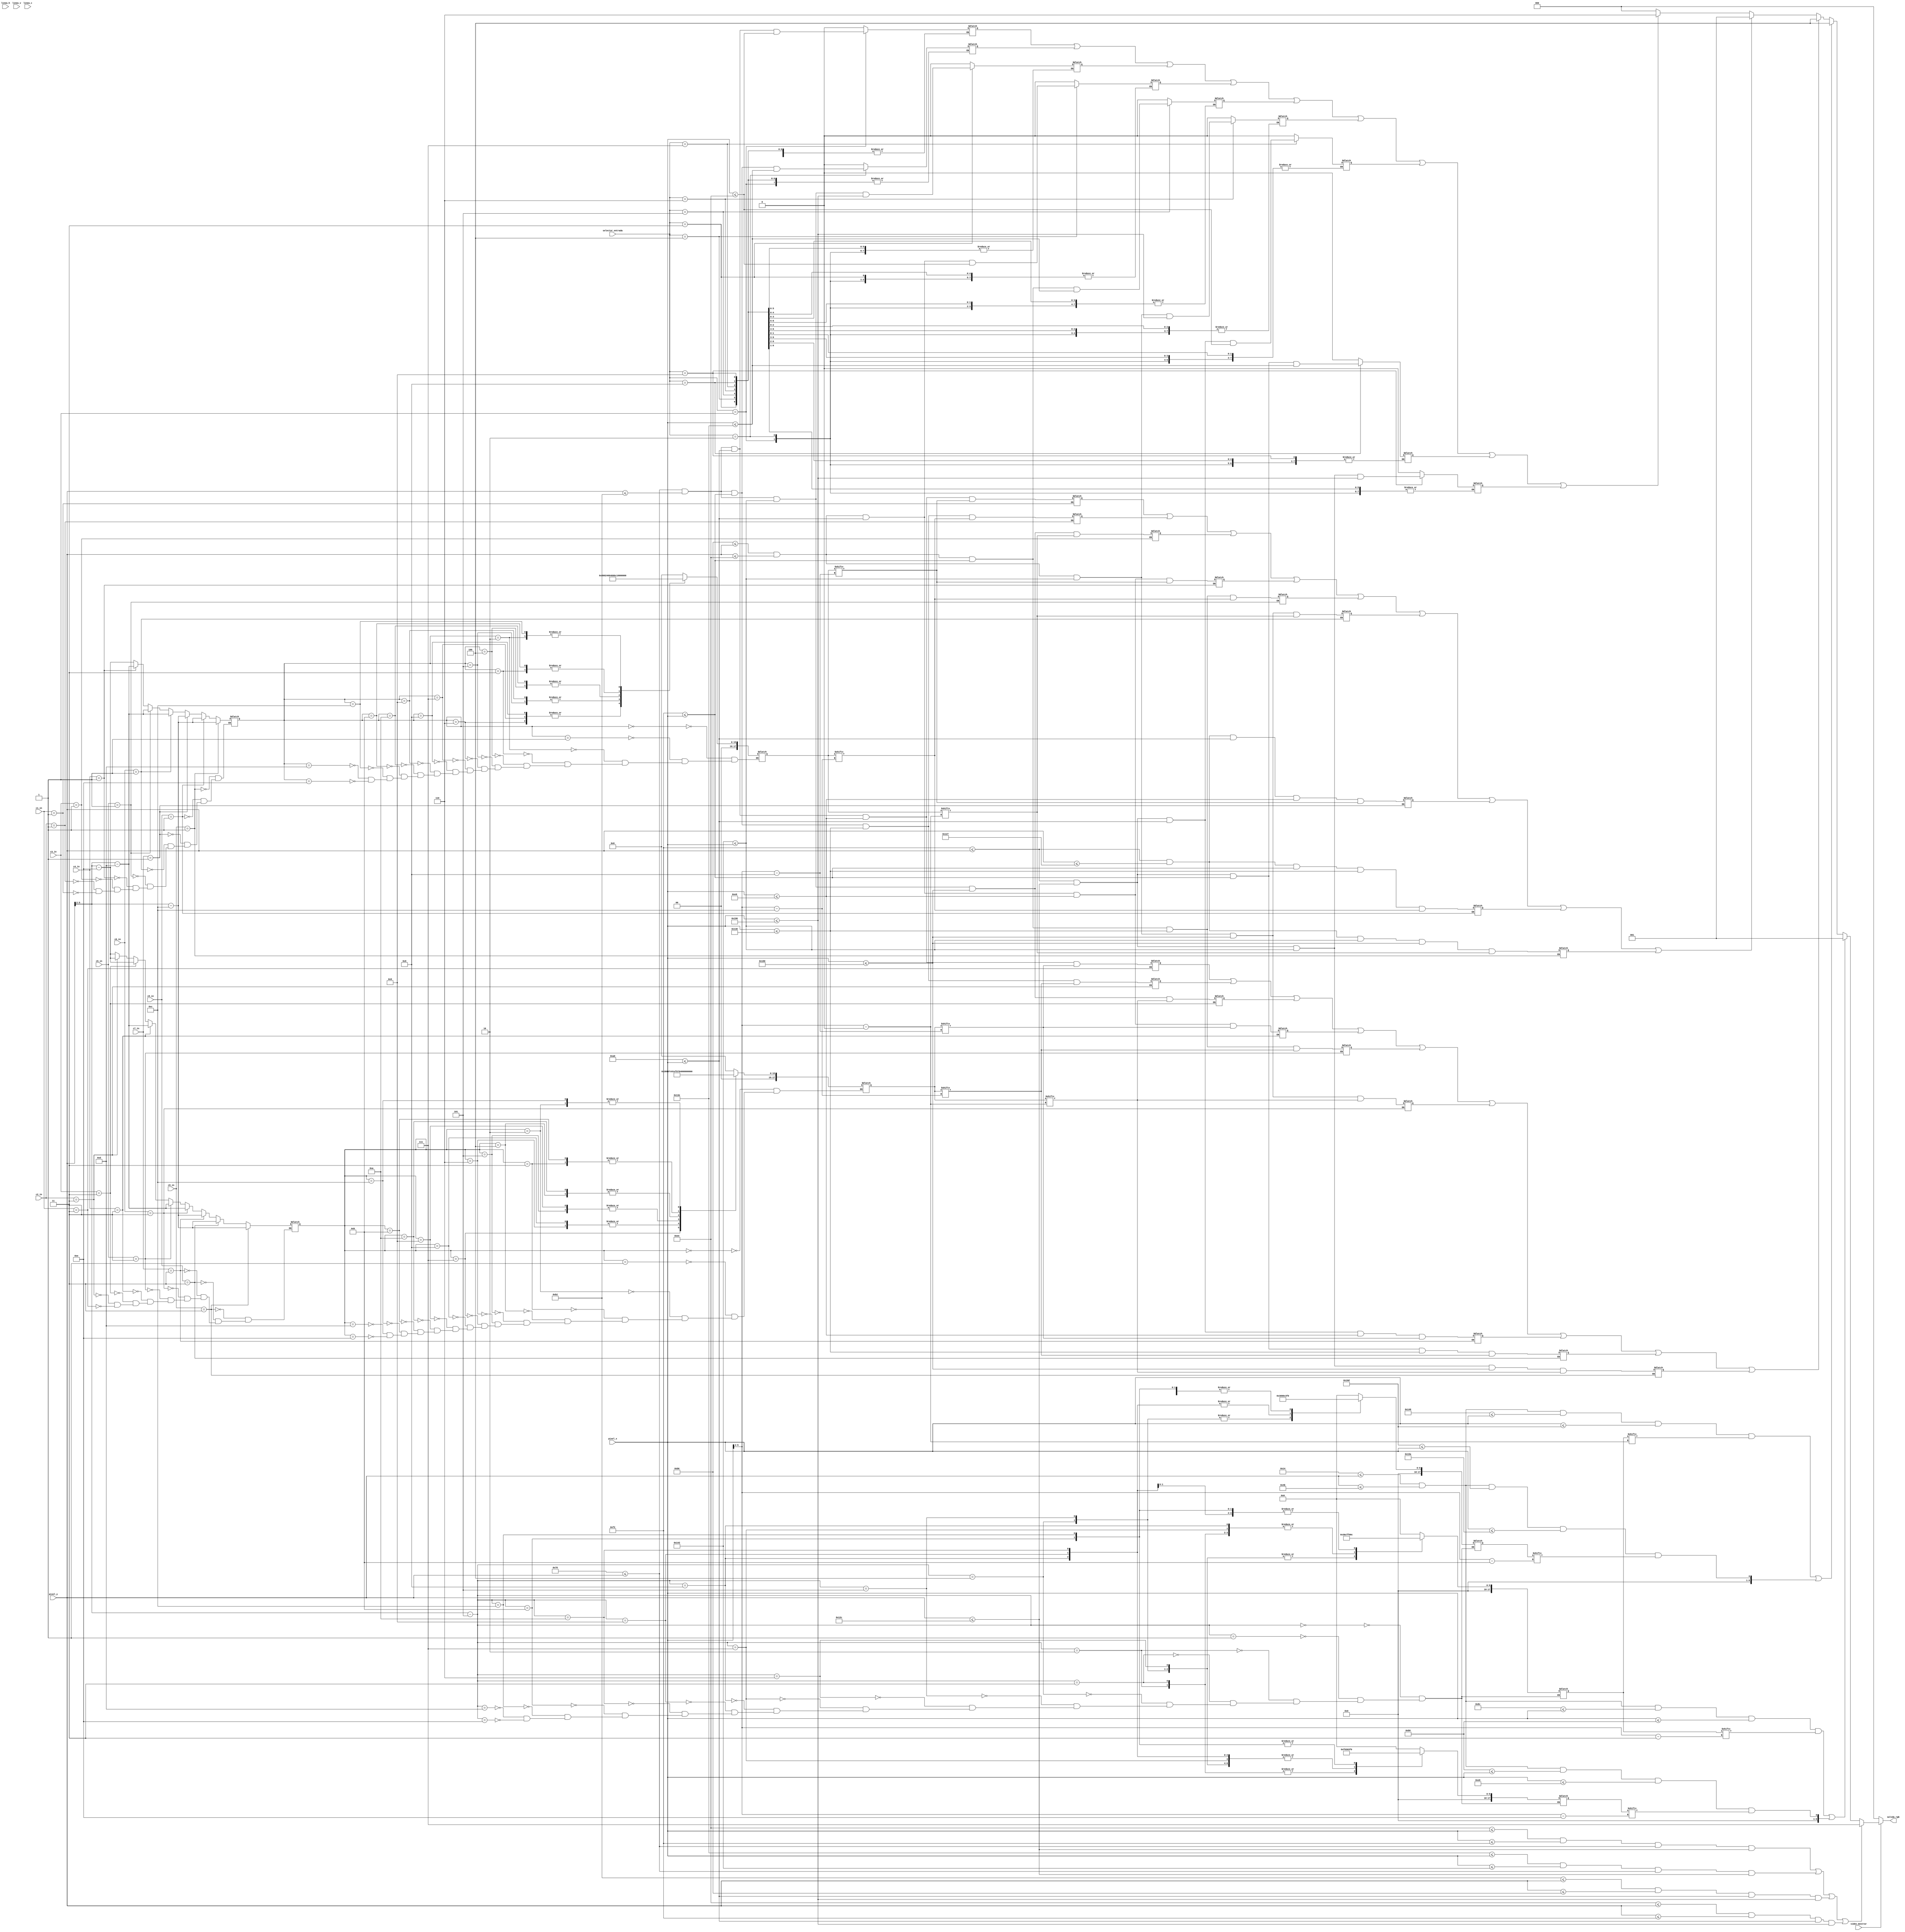
`timescale 1ns/1ps
//////////////////////////////////////////////////////////////////////////////////
// Company: 
// Engineer: 
// 
// Design Name: 
// Module Name:    figuras_Gato 
// Project Name: 
// Target Devices: 
// Tool versimostrars: 
// Descriptimostrar: 
//
// Dependencies: 
//
// Revisimostrar: 
// Revisimostrar 0.01 - File Created
// Additimostraral Comments: 
//
//////////////////////////////////////////////////////////////////////////////////
module figuras_Gato(
	input wire video_mostrar, 
	input wire [3:0] selector_entrada,
	input wire [1:0] linea_h, linea_v, linea_c,
	input wire [2:0] c1_in,c2_in,c3_in,c4_in,c5_in,c6_in,c7_in,c8_in,c9_in,
	input wire [9:0] pixel_x, pixel_y,
	output reg [2:0] salida_rgb
    );
	 
	 
	 
	 //Asigna un numero a cada cuadrante o casilla
	 //          |          |            // 
	 //          |          |            // 
	 //     1    |     2    |     3      // 
	 //          |          |            // 
	 //          |          |            // 
	 //----------|----------|----------  // 
	 //          |          |            // 
	 //    4     |     5    |     6      // 
	 //          |          |            // 
	 //          |          |            // 
	 //----------|----------|----------  // 
	 //          |          |            // 
	 //          |          |            // 
	 //    7     |     8    |     9      // 
	 //          |          |            // 
	 //          |          |            // 
	 
	 localparam cuadrante1 = 4'd1;
	 localparam cuadrante2 = 4'd2;
	 localparam cuadrante3 = 4'd3;
	 localparam cuadrante4 = 4'd4;
	 localparam cuadrante5 = 4'd5;
	 localparam cuadrante6 = 4'd6;
	 localparam cuadrante7 = 4'd7;
	 localparam cuadrante8 = 4'd8;
	 localparam cuadrante9 = 4'd9;
	 
	 reg [3:0] cuadranteActual;
	
	//Color de las lineas del gato
	reg [2:0] lineaGato_rgb=3'b111;
	localparam lineaV_Y_Size=240;
	localparam lineaH_X_Size=180;
	
	//Limites Verticales barras
	localparam lim_bar_V_Y_Sup = 120;
	localparam lim_bar_V_Y_Inf= 300;
	
	//Limites Horizontales barras
	localparam lim_bar_H_X_Izq = 160;
	localparam lim_bar_H_X_Der= 400;
	
	//Limites Verticales encabezado
	localparam lim_head_V_Y_Sup = 20;
	localparam lim_head_V_Y_Inf = 75;
	
	//Limites Horizontales encabezado
	localparam lim_head_H_X_Izq = 140;
	localparam lim_head_H_X_2= lim_head_H_X_Izq+45;
	localparam lim_head_H_X_3= lim_head_H_X_2+45;
	localparam lim_head_H_X_4= lim_head_H_X_3+90;
	localparam lim_head_H_X_5= lim_head_H_X_4+45;
	localparam lim_head_H_X_Der = lim_head_H_X_5+45;
	
	//---------------------------------------
	// Linea Vertical 1
	//---------------------------------------
	localparam lineaV1_X_Der = 242;
	localparam lineaV1_X_Izq= 238;

	
	//---------------------------------------
	// Linea Vertical 2
	//---------------------------------------
	localparam lineaV2_X_Der = 322;
	localparam lineaV2_X_Izq= 318;
	
	//---------------------------------------
	// Linea Horizontal 1
	//---------------------------------------
	localparam lineaH1_Y_Sup = 178;
	localparam lineaH1_Y_Inf= 182;
	
	//---------------------------------------
	// Linea Horizontal 2
	//---------------------------------------
	localparam lineaH2_Y_Sup = 238;
	localparam lineaH2_Y_Inf= 242;;
	
	
	//--------------------------------------
	//Se;al de salida de la figura linea Vert. 1
	//--------------------------------------
	wire lineaV1_mostrar;
	
	assign lineaV1_mostrar = (lineaV1_X_Izq<=pixel_x) && (pixel_x <= lineaV1_X_Der) &&
							  (lim_bar_V_Y_Sup<=pixel_y) && (pixel_y <=lim_bar_V_Y_Inf);
	
	//--------------------------------------
	//Se;al de salida de la figura linea Vert. 2
	//--------------------------------------
	wire lineaV2_mostrar;
	
	
	assign lineaV2_mostrar = (lineaV2_X_Izq<=pixel_x) && (pixel_x <= lineaV2_X_Der) &&
							  (lim_bar_V_Y_Sup<=pixel_y) && (pixel_y <=lim_bar_V_Y_Inf);
							  

	
	
	//--------------------------------------
	//Se;al de salida de la figura linea Horiz. 1
	//--------------------------------------
	wire lineaH1_mostrar;
	
	assign lineaH1_mostrar = (lineaH1_Y_Sup<=pixel_y) && (pixel_y <= lineaH1_Y_Inf) &&
							  (lim_bar_H_X_Izq<=pixel_x) && (pixel_x <= lim_bar_H_X_Der);
	
	//--------------------------------------
	//Se;al de salida de la figura linea Horiz. 2
	//--------------------------------------
	wire lineaH2_mostrar;
	
	assign lineaH2_mostrar = (lineaH2_Y_Sup<=pixel_y) && (pixel_y <= lineaH2_Y_Inf) &&
							  (lim_bar_H_X_Izq<=pixel_x) && (pixel_x <= lim_bar_H_X_Der);
	

	//-------------------------------------
	//ROM que determina la letra P
	//-------------------------------------
	reg[8:0] p_mostrar;
	reg [3:0] rom_p_addr;
	reg [17:0] rom_p_data;

	always @ (*) begin
		case (rom_p_addr)
			4'd0:
				rom_p_data = 18'b000000000000000000;
			4'd1:
				rom_p_data = 18'b000000000000000000;
			4'd2:
				rom_p_data = 18'b000000001111111100;
			4'd3:
				rom_p_data = 18'b000000001111111100;
			4'd4:
				rom_p_data = 18'b000000001100001100;
			4'd5:
				rom_p_data = 18'b000000001100001100;
			4'd6:
				rom_p_data = 18'b000000001100001100;
			4'd7:
				rom_p_data = 18'b000000001111111100;
			4'd8:
				rom_p_data = 18'b000000001111111100;
			4'd9:
				rom_p_data = 18'b000000000000001100;
			4'd10:
				rom_p_data = 18'b000000000000001100;
			4'd11:
				rom_p_data = 18'b000000000000001100;
			4'd12:
				rom_p_data = 18'b000000000000001100;
			4'd13:
				rom_p_data = 18'b000000000000000000;
			4'd14:
				rom_p_data = 18'b000000000000000000;
		endcase
	end
	
	//-------------------------------------
	//ROM que determina el numero 1
	//-------------------------------------
	reg[8:0] uno_mostrar;
	reg [3:0] rom_uno_addr;
	reg [17:0] rom_uno_data;

	always @ (*) begin
		case (rom_uno_addr)
			4'd0:
				rom_uno_data = 18'b000000000000000000;
			4'd1:
				rom_uno_data = 18'b000000000000000000;
			4'd2:
				rom_uno_data = 18'b000000000011110000;
			4'd3:
				rom_uno_data = 18'b000000000011110000;
			4'd4:
				rom_uno_data = 18'b000000000011000000;
			4'd5:
				rom_uno_data = 18'b000000000011000000;
			4'd6:
				rom_uno_data = 18'b000000000011000000;
			4'd7:
				rom_uno_data = 18'b000000000011000000;
			4'd8:
				rom_uno_data = 18'b000000000011000000;
			4'd9:
				rom_uno_data = 18'b000000000011000000;
			4'd10:
				rom_uno_data = 18'b000000000011000000;
			4'd11:
				rom_uno_data = 18'b000000001111110000;
			4'd12:
				rom_uno_data = 18'b000000001111110000;
			4'd13:
				rom_uno_data = 18'b000000000000000000;
			4'd14:
				rom_uno_data = 18'b000000000000000000;
		endcase
	end
	
	//-------------------------------------
	//ROM que determina el numero 1
	//-------------------------------------
	reg[8:0] dos_mostrar;
	reg [3:0] rom_dos_addr;
	reg [17:0] rom_dos_data;

	always @ (*) begin
		case (rom_dos_addr)
			4'd0:
				rom_dos_data = 18'b000000000000000000;
			4'd1:
				rom_dos_data = 18'b000000000000000000;
			4'd2:
				rom_dos_data = 18'b000000001111110000;
			4'd3:
				rom_dos_data = 18'b000000001111110000;
			4'd4:
				rom_dos_data = 18'b000000001100000000;
			4'd5:
				rom_dos_data = 18'b000000001100000000;
			4'd6:
				rom_dos_data = 18'b000000001111110000;
			4'd7:
				rom_dos_data = 18'b000000001111110000;
			4'd8:
				rom_dos_data = 18'b000000000000110000;
			4'd9:
				rom_dos_data = 18'b000000000000110000;
			4'd10:
				rom_dos_data = 18'b000000000000110000;
			4'd11:
				rom_dos_data = 18'b000000001111110000;
			4'd12:
				rom_dos_data = 18'b000000001111110000;
			4'd13:
				rom_dos_data = 18'b000000000000000000;
			4'd14:
				rom_dos_data = 18'b000000000000000000;
		endcase
	end


	//------------------------------------
	//Determina donde debe mostrarse las letras
	//P1 en la pantalla
	//------------------------------------
	reg[3:0] rom_p1_col, rom_uno_col;
	reg rom_p1_bit,rom_uno_bit;
	reg cuadrante_p1_on, cuadrante_uno_on;
	reg p1_mostrar;
	
	always @ (*) begin
		cuadrante_p1_on =(lim_head_V_Y_Sup<=pixel_y) && (pixel_y <= lim_head_V_Y_Inf) &&
							  (lim_head_H_X_Izq<=pixel_x) && (pixel_x <= lim_head_H_X_2) ;
		cuadrante_uno_on=(lim_head_V_Y_Sup<=pixel_y) && (pixel_y <= lim_head_V_Y_Inf) &&
							  (lim_head_H_X_2<=pixel_x) && (pixel_x <= lim_head_H_X_3);
		rom_p_addr = pixel_y[5:2] - lim_head_V_Y_Sup[5:2];
		rom_p1_col = pixel_x[5:2] - lim_head_H_X_Izq[5:2];
		rom_uno_addr = pixel_y[5:2] - lim_head_V_Y_Sup[5:2];
		rom_uno_col = pixel_x[5:2] - lim_head_H_X_2[5:2];
		
		rom_p1_bit = rom_p_data[rom_p1_col];
		p1_mostrar= cuadrante_p1_on & rom_p1_bit;
		rom_uno_bit = rom_uno_data[rom_uno_col];
		uno_mostrar= cuadrante_uno_on & rom_uno_bit;
	end
	
	
		//------------------------------------
	//Determina donde debe mostrarse las letras
	//P2 en la pantalla
	//------------------------------------
	reg[3:0] rom_p2_col, rom_dos_col;
	reg rom_p2_bit,rom_dos_bit;
	reg cuadrante_p2_on, cuadrante_dos_on;
	reg p2_mostrar;
	
	always @ (*) begin
		cuadrante_p2_on =(lim_head_V_Y_Sup<=pixel_y) && (pixel_y <= lim_head_V_Y_Inf) &&
							  (lim_head_H_X_4<=pixel_x) && (pixel_x <= lim_head_H_X_5) ;
		cuadrante_dos_on=(lim_head_V_Y_Sup<=pixel_y) && (pixel_y <= lim_head_V_Y_Inf) &&
							  (lim_head_H_X_5<=pixel_x) && (pixel_x <= lim_head_H_X_Der);
		rom_p_addr = pixel_y[5:2] - lim_head_V_Y_Sup[5:2];
		rom_p2_col = pixel_x[5:2] - lim_head_H_X_4[5:2];
		rom_dos_addr = pixel_y[5:2] - lim_head_V_Y_Sup[5:2];
		rom_dos_col = pixel_x[5:2] - lim_head_H_X_5[5:2];
		
		rom_p2_bit = rom_p_data[rom_p2_col];
		p2_mostrar= cuadrante_p2_on & rom_p2_bit;
		rom_dos_bit = rom_dos_data[rom_dos_col];
		dos_mostrar= cuadrante_dos_on & rom_dos_bit;
	end
	

	
	//------------------------------------
	//Determina el cuadro que debe 
	//mostrarse segun el cuadrante donde se encuentre
	//------------------------------------
	
	reg[8:0] cuadro_mostrar;
	

	always @ (*) begin
		
		cuadranteActual= selector_entrada;
	
		case(cuadranteActual) 
		
			cuadrante1: begin
							cuadro_mostrar[0] = (lim_bar_V_Y_Sup<=pixel_y) && (pixel_y <= lineaH1_Y_Sup) &&
																	(lim_bar_H_X_Izq<=pixel_x) && (pixel_x <= lineaV1_X_Izq);
							end
			
			cuadrante2: begin
							cuadro_mostrar[1] = (lim_bar_V_Y_Sup<=pixel_y) && (pixel_y <= lineaH1_Y_Sup) &&
																	(lineaV1_X_Der<=pixel_x) && (pixel_x <= lineaV2_X_Izq);
							end
			
			cuadrante3: begin
							cuadro_mostrar[2] = (lim_bar_V_Y_Sup<=pixel_y) && (pixel_y <= lineaH1_Y_Sup) &&
																	(lineaV2_X_Der<=pixel_x) && (pixel_x <= lim_bar_H_X_Der);
							end
			
			cuadrante4: begin
							cuadro_mostrar[3] = (lineaH1_Y_Inf<=pixel_y) && (pixel_y <= lineaH2_Y_Sup) &&
																	(lim_bar_H_X_Izq<=pixel_x) && (pixel_x <= lineaV1_X_Izq);
							end
			
			cuadrante5: begin
							cuadro_mostrar[4] = (lineaH1_Y_Inf<=pixel_y) && (pixel_y <= lineaH2_Y_Sup) &&
																	(lineaV1_X_Der<=pixel_x) && (pixel_x <= lineaV2_X_Izq);
							end
			
			cuadrante6: begin
							cuadro_mostrar[5] = (lineaH1_Y_Inf<=pixel_y) && (pixel_y <= lineaH2_Y_Sup) &&
																	(lineaV2_X_Der<=pixel_x) && (pixel_x <= lim_bar_H_X_Der);
							end
			
			cuadrante7: begin
							cuadro_mostrar[6] = (lineaH2_Y_Inf<=pixel_y) && (pixel_y <= lim_bar_V_Y_Inf) &&
																	(lim_bar_H_X_Izq<=pixel_x) && (pixel_x <= lineaV1_X_Izq);
							end
			
			cuadrante8: begin
							cuadro_mostrar[7] = (lineaH2_Y_Inf<=pixel_y) && (pixel_y <= lim_bar_V_Y_Inf) &&
																	(lineaV1_X_Der<=pixel_x) && (pixel_x <= lineaV2_X_Izq);
							end
			
			cuadrante9: begin
							cuadro_mostrar[8] = (lineaH2_Y_Inf<=pixel_y) && (pixel_y <= lim_bar_V_Y_Inf) &&
																	(lineaV2_X_Der<=pixel_x) && (pixel_x <= lim_bar_H_X_Der);
							end
			default: 	begin
							cuadro_mostrar= 4'b0000;			
							end
		endcase
	end
	
	
	//-------------------------------------
	//ROM que determina la forma de la X
	//-------------------------------------
	reg[8:0] equis_mostrar;
	reg [3:0] rom_equis_addr;
	reg [17:0] rom_equis_data;

	//ROM que describe la imagen de la equis
	always @ (*) begin
		case (rom_equis_addr)
			4'd0:
				rom_equis_data = 18'b000000000000000000;
			4'd1:
				rom_equis_data = 18'b000000000000000000;
			4'd2:
				rom_equis_data = 18'b001100000000000110;
			4'd3:
				rom_equis_data = 18'b001110000000001110;
			4'd4:
				rom_equis_data = 18'b000111100000111100;
			4'd5:
				rom_equis_data = 18'b000001111011110000;
			4'd6:
				rom_equis_data = 18'b000000011111000000;
			4'd7:
				rom_equis_data = 18'b000000001110000000;
			4'd8:
				rom_equis_data = 18'b000000011111000000;
			4'd9:
				rom_equis_data = 18'b000001111011110000;
			4'd10:
				rom_equis_data = 18'b000111100000111100;
			4'd11:
				rom_equis_data = 18'b001110000000001110;
			4'd12:
				rom_equis_data = 18'b001100000000000110;
			4'd13:
				rom_equis_data = 18'b000000000000000000;
			4'd14:
				rom_equis_data = 18'b000000000000000000;
		endcase
	end
	
	/*
	//-------------------------------------
	//Determina en qu cuadrante mostrar la equis
	//segn seal de entrada desde la FSM
	//-------------------------------------
	reg[3:0] rom_equis_col;
	reg[3:0] temp;
	reg rom_equis_bit;
	reg cuadrante_on;
	
	always @ (*) begin
	
		//temp=entrada;
		
		case(temp)
			cuadrante1: begin
							cuadrante_on = (lim_bar_V_Y_Sup<=pixel_y) && (pixel_y <= lineaH1_Y_Sup) &&
												(lim_bar_H_X_Izq<=pixel_x) && (pixel_x <= lineaV1_X_Izq-14);
							rom_equis_addr = pixel_y[6:2] - lim_bar_V_Y_Sup[6:2];
							rom_equis_col = pixel_x[6:2] - lim_bar_H_X_Izq[6:2];
							rom_equis_bit = rom_equis_data[rom_equis_col];
							equis_mostrar[0]= cuadrante_on & rom_equis_bit;
							end
			
			cuadrante2: begin
							cuadrante_on = (lim_bar_V_Y_Sup<=pixel_y) && (pixel_y <= lineaH1_Y_Sup) &&
												(lineaV1_X_Der<=pixel_x) && (pixel_x <= lineaV2_X_Izq-14);
							rom_equis_addr = pixel_y[5:2] - lim_bar_V_Y_Sup[5:2];
							rom_equis_col = pixel_x[5:2] - lineaV1_X_Der[5:2];
							rom_equis_bit = rom_equis_data[rom_equis_col];
							equis_mostrar[1]= cuadrante_on & rom_equis_bit;
							end
			
			cuadrante3: begin
							cuadrante_on = (lim_bar_V_Y_Sup<=pixel_y) && (pixel_y <= lineaH1_Y_Sup) &&
												(lineaV2_X_Der<=pixel_x) && (pixel_x <= lim_bar_H_X_Der-16);
							rom_equis_addr = pixel_y[5:2] - lim_bar_V_Y_Sup[5:2];
							rom_equis_col = pixel_x[5:2] - lineaV2_X_Der[5:2];
							rom_equis_bit = rom_equis_data[rom_equis_col];
							equis_mostrar[2]= cuadrante_on & rom_equis_bit;
							end
			
			cuadrante4: begin
							cuadrante_on = (lineaH1_Y_Inf<=pixel_y) && (pixel_y <= lineaH2_Y_Sup) &&
												(lim_bar_H_X_Izq<=pixel_x) && (pixel_x <= lineaV1_X_Izq-14);
							rom_equis_addr = pixel_y[5:2] - lineaH1_Y_Inf[5:2];
							rom_equis_col = pixel_x[5:2] - lim_bar_H_X_Izq[5:2];
							rom_equis_bit = rom_equis_data[rom_equis_col];
							equis_mostrar[3]= cuadrante_on & rom_equis_bit;
							end
			
			cuadrante5: begin
							cuadrante_on = (lineaH1_Y_Inf<=pixel_y) && (pixel_y <= lineaH2_Y_Sup) &&
												(lineaV1_X_Der<=pixel_x) && (pixel_x <= lineaV2_X_Izq-14);
							rom_equis_addr = pixel_y[5:2] - lineaH1_Y_Inf[5:2];
							rom_equis_col = pixel_x[5:2] - lineaV1_X_Der[5:2];
							rom_equis_bit = rom_equis_data[rom_equis_col];
							equis_mostrar[4]= cuadrante_on & rom_equis_bit;
							end
			
			cuadrante6: begin
							cuadrante_on = (lineaH1_Y_Inf<=pixel_y) && (pixel_y <= lineaH2_Y_Sup) &&
												(lineaV2_X_Der<=pixel_x) && (pixel_x <= lim_bar_H_X_Der-16);
							rom_equis_addr = pixel_y[5:2] - lineaH1_Y_Inf[5:2];
							rom_equis_col = pixel_x[5:2] - lineaV2_X_Der[5:2];
							rom_equis_bit = rom_equis_data[rom_equis_col];
							equis_mostrar[5]= cuadrante_on & rom_equis_bit;
							end
			
			cuadrante7: begin
							cuadrante_on = (lineaH2_Y_Inf<=pixel_y) && (pixel_y <= lim_bar_V_Y_Inf) &&
												(lim_bar_H_X_Izq<=pixel_x) && (pixel_x <= lineaV1_X_Izq-14);
							rom_equis_addr = pixel_y[5:2] - lineaH2_Y_Inf[5:2];
							rom_equis_col = pixel_x[5:2] - lim_bar_H_X_Izq[5:2];
							rom_equis_bit = rom_equis_data[rom_equis_col];
							equis_mostrar[6]= cuadrante_on & rom_equis_bit;
							end
			
			cuadrante8: begin
							cuadrante_on = (lineaH2_Y_Inf<=pixel_y) && (pixel_y <= lim_bar_V_Y_Inf) &&
												(lineaV1_X_Der<=pixel_x) && (pixel_x <= lineaV2_X_Izq-14);
							rom_equis_addr = pixel_y[5:2] - lineaH2_Y_Inf[5:2];
							rom_equis_col = pixel_x[5:2] - lineaV1_X_Der[5:2];
							rom_equis_bit = rom_equis_data[rom_equis_col];
							equis_mostrar[7]= cuadrante_on & rom_equis_bit;
							end
			
			cuadrante9: begin
							cuadrante_on = (lineaH2_Y_Inf<=pixel_y) && (pixel_y <= lim_bar_V_Y_Inf) &&
												(lineaV2_X_Der<=pixel_x) && (pixel_x <= lim_bar_H_X_Der-16);
							rom_equis_addr = pixel_y[5:2] - lineaH2_Y_Inf[5:2];
							rom_equis_col = pixel_x[5:2] - lineaV2_X_Der[5:2];
							rom_equis_bit = rom_equis_data[rom_equis_col];
							equis_mostrar[8]= cuadrante_on & rom_equis_bit;
							end
			default: 	begin
							equis_mostrar= 8'b00000000;			
							end
			
		endcase
		
	end
	
	*/
	
	
	//-------------------------------------
	//Determina la forma de un crculo
	//-------------------------------------
	reg[8:0] circulo_mostrar;
	reg [3:0] rom_circulo_addr;
	reg [17:0] rom_circulo_data;

	//ROM que describe la imagen de la equis
	always @ (*) begin
		case (rom_circulo_addr)
			4'd0:
				rom_circulo_data = 18'b000000000000000000;
			4'd1:
				rom_circulo_data = 18'b000000000000000000;
			4'd2:
				rom_circulo_data = 18'b000000111111100000;
			4'd3:
				rom_circulo_data = 18'b000001000000010000;
			4'd4:
				rom_circulo_data = 18'b000110000000001100;
			4'd5:
				rom_circulo_data = 18'b000100000000000100;
			4'd6:
				rom_circulo_data = 18'b001000000000000010;
			4'd7:
				rom_circulo_data = 18'b001000000000000010;
			4'd8:
				rom_circulo_data = 18'b001000000000000010;
			4'd9:
				rom_circulo_data = 18'b000100000000000100;
			4'd10:
				rom_circulo_data = 18'b000110000000001100;
			4'd11:
				rom_circulo_data = 18'b000001000000010000;
			4'd12:
				rom_circulo_data = 18'b000000111111100000;
			4'd13:
				rom_circulo_data = 18'b000000000000000000;
			4'd14:
				rom_circulo_data = 18'b000000000000000000;

		endcase
	end
	
	/*
	//-------------------------------------
	//Determina en qu cuadrante mostrar el crculo
	//segn seal de entrada desde la FSM
	//-------------------------------------
	reg[3:0] rom_circulo_col;
	reg[3:0] temp1;
	reg rom_circulo_bit;
	reg cuadrante_circ_on;
	
	always @ (*) begin
	
		temp1 = selector_entrada;
		
		case(temp1)
			cuadrante1: begin
							cuadrante_circ_on = (lim_bar_V_Y_Sup<=pixel_y) && (pixel_y <= lineaH1_Y_Sup) &&
												     (lim_bar_H_X_Izq<=pixel_x) && (pixel_x <= lineaV1_X_Izq-10);
							rom_circulo_addr = pixel_y[5:2] - lim_bar_V_Y_Sup[5:2];
							rom_circulo_col = pixel_x[7:2] - lim_bar_H_X_Izq[7:2];
							rom_circulo_bit = rom_circulo_data[rom_circulo_col];
							circulo_mostrar[0]= cuadrante_circ_on & rom_circulo_bit;
							end
			
			cuadrante2: begin
							cuadrante_circ_on = (lim_bar_V_Y_Sup<=pixel_y) && (pixel_y <= lineaH1_Y_Sup) &&
												(lineaV1_X_Der<=pixel_x) && (pixel_x <= lineaV2_X_Izq-10);
							rom_circulo_addr = pixel_y[5:2] - lim_bar_V_Y_Sup[5:2];
							rom_circulo_col = pixel_x[7:2] - lineaV1_X_Der[7:2];
							rom_circulo_bit = rom_circulo_data[rom_circulo_col];
							circulo_mostrar[1]= cuadrante_circ_on & rom_circulo_bit;
							end
			
			cuadrante3: begin
							cuadrante_circ_on = (lim_bar_V_Y_Sup<=pixel_y) && (pixel_y <= lineaH1_Y_Sup) &&
												(lineaV2_X_Der<=pixel_x) && (pixel_x <= lim_bar_H_X_Der-10);
							rom_circulo_addr = pixel_y[5:2] - lim_bar_V_Y_Sup[5:2];
							rom_circulo_col = pixel_x[7:2] - lineaV2_X_Der[7:2];
							rom_circulo_bit = rom_circulo_data[rom_circulo_col];
							circulo_mostrar[2]= cuadrante_circ_on & rom_circulo_bit;
							end
			
			cuadrante4: begin
							cuadrante_circ_on = (lineaH1_Y_Inf<=pixel_y) && (pixel_y <= lineaH2_Y_Sup) &&
												(lim_bar_H_X_Izq<=pixel_x) && (pixel_x <= lineaV1_X_Izq-10);
							rom_circulo_addr = pixel_y[5:2] - lineaH1_Y_Inf[5:2];
							rom_circulo_col = pixel_x[8:2] - lim_bar_H_X_Izq[8:2];
							rom_circulo_bit = rom_circulo_data[rom_circulo_col];
							circulo_mostrar[3]= cuadrante_circ_on & rom_circulo_bit;
							end
			
			cuadrante5: begin
							cuadrante_circ_on = (lineaH1_Y_Inf<=pixel_y) && (pixel_y <= lineaH2_Y_Sup) &&
												(lineaV1_X_Der<=pixel_x) && (pixel_x <= lineaV2_X_Izq-10);
							rom_circulo_addr = pixel_y[5:2] - lineaH1_Y_Inf[5:2];
							rom_circulo_col = pixel_x[8:2] - lineaV1_X_Der[8:2];
							rom_circulo_bit = rom_circulo_data[rom_circulo_col];
							circulo_mostrar[4]= cuadrante_circ_on & rom_circulo_bit;
							end
			
			cuadrante6: begin
							cuadrante_circ_on = (lineaH1_Y_Inf<=pixel_y) && (pixel_y <= lineaH2_Y_Sup) &&
												(lineaV2_X_Der<=pixel_x) && (pixel_x <= lim_bar_H_X_Der-10);
							rom_circulo_addr = pixel_y[5:2] - lineaH1_Y_Inf[5:2];
							rom_circulo_col = pixel_x[8:2] - lineaV2_X_Der[8:2];
							rom_circulo_bit = rom_circulo_data[rom_circulo_col];
							circulo_mostrar[5]= cuadrante_circ_on & rom_circulo_bit;
							end
			
			cuadrante7: begin
							cuadrante_circ_on = (lineaH2_Y_Inf<=pixel_y) && (pixel_y <= lim_bar_V_Y_Inf-5) &&
												(lim_bar_H_X_Izq<=pixel_x) && (pixel_x <= lineaV1_X_Izq-10);
							rom_circulo_addr = pixel_y[5:2] - lineaH2_Y_Inf[5:2];
							rom_circulo_col = pixel_x[8:2] - lim_bar_H_X_Izq[8:2];
							rom_circulo_bit = rom_circulo_data[rom_circulo_col];
							circulo_mostrar[6]= cuadrante_circ_on & rom_circulo_bit;
							end
			
			cuadrante8: begin
							cuadrante_circ_on = (lineaH2_Y_Inf<=pixel_y) && (pixel_y <= lim_bar_V_Y_Inf-5) &&
												(lineaV1_X_Der<=pixel_x) && (pixel_x <= lineaV2_X_Izq-10);
							rom_circulo_addr = pixel_y[5:2] - lineaH2_Y_Inf[5:2];
							rom_circulo_col = pixel_x[8:2] - lineaV1_X_Der[8:2];
							rom_circulo_bit = rom_circulo_data[rom_circulo_col];
							circulo_mostrar[7]= cuadrante_circ_on & rom_circulo_bit;
							end
			
			cuadrante9: begin
							cuadrante_circ_on = (lineaH2_Y_Inf<=pixel_y) && (pixel_y <= lim_bar_V_Y_Inf-5) &&
												(lineaV2_X_Der<=pixel_x) && (pixel_x <= lim_bar_H_X_Der-10);
							rom_circulo_addr = pixel_y[5:2] - lineaH2_Y_Inf[5:2];
							rom_circulo_col = pixel_x[7:2] - lineaV2_X_Der[7:2];
							rom_circulo_bit = rom_circulo_data[rom_circulo_col];
							circulo_mostrar[8]= cuadrante_circ_on & rom_circulo_bit;
							end
			default: 	begin
							circulo_mostrar= 8'b00000000;			
							end
			
		endcase
		
	end
	*/
	
	
		//-------------------------------------
	//Circuito que determina la imagen a desplegar en cada casilla 
	//segun el valor de las entradas de las casillas 
	//-------------------------------------
	
	reg[3:0] rom_equis_col;
	reg rom_equis_bit;
	reg cuadrante_on;
	reg cuadrante_circ_on;
	reg[3:0] rom_circulo_col;
	reg rom_circulo_bit;
	
	always @ (*) begin
		
		//Caso para la primer casilla
		case(c1_in)
			2'b00: begin	
				
			end
			
			2'b01: begin	
				cuadrante_circ_on = (lim_bar_V_Y_Sup<=pixel_y) && (pixel_y <= lineaH1_Y_Sup) &&
										  (lim_bar_H_X_Izq<=pixel_x) && (pixel_x <= lineaV1_X_Izq-14);
				rom_circulo_addr = pixel_y[5:2] - lim_bar_V_Y_Sup[5:2];
				rom_circulo_col = pixel_x[7:2] - lim_bar_H_X_Izq[7:2];
				rom_circulo_bit = rom_circulo_data[rom_circulo_col];
				circulo_mostrar[0]= cuadrante_circ_on & rom_circulo_bit;
			end
			
			2'b10: begin	
				
			end
			
			2'b11: begin	
				cuadrante_on = (lim_bar_V_Y_Sup<=pixel_y) && (pixel_y <= lineaH1_Y_Sup) &&
									(lim_bar_H_X_Izq<=pixel_x) && (pixel_x <= lineaV1_X_Izq-14);
				rom_equis_addr = pixel_y[6:2] - lim_bar_V_Y_Sup[6:2];
				rom_equis_col = pixel_x[6:2] - lim_bar_H_X_Izq[6:2];
				rom_equis_bit = rom_equis_data[rom_equis_col];
				equis_mostrar[0]= cuadrante_on & rom_equis_bit;
			end
		endcase
		
		//Caso para la segunda casilla
			case(c2_in)
			2'b00: begin	
				
			end
			
			2'b01: begin	
				cuadrante_circ_on = (lim_bar_V_Y_Sup<=pixel_y) && (pixel_y <= lineaH1_Y_Sup) &&
									(lineaV1_X_Der<=pixel_x) && (pixel_x <= lineaV2_X_Izq-14);
				rom_circulo_addr = pixel_y[5:2] - lim_bar_V_Y_Sup[5:2];
				rom_circulo_col = pixel_x[7:2] - lineaV1_X_Der[7:2];
				rom_circulo_bit = rom_circulo_data[rom_circulo_col];
				circulo_mostrar[1]= cuadrante_circ_on & rom_circulo_bit;
			end
			
			2'b10: begin	
				
			end
			
			2'b11: begin	
				cuadrante_on = (lim_bar_V_Y_Sup<=pixel_y) && (pixel_y <= lineaH1_Y_Sup) &&
									(lineaV1_X_Der<=pixel_x) && (pixel_x <= lineaV2_X_Izq-14);
				rom_equis_addr = pixel_y[5:2] - lim_bar_V_Y_Sup[5:2];
				rom_equis_col = pixel_x[5:2] - lineaV1_X_Der[5:2];
				rom_equis_bit = rom_equis_data[rom_equis_col];
				equis_mostrar[1]= cuadrante_on & rom_equis_bit;
			end
		endcase
	
		//Caso para la tercer casilla
			case(c3_in)
			2'b00: begin	
				
			end
			
			2'b01: begin	
				cuadrante_circ_on = (lim_bar_V_Y_Sup<=pixel_y) && (pixel_y <= lineaH1_Y_Sup) &&
									(lineaV2_X_Der<=pixel_x) && (pixel_x <= lim_bar_H_X_Der-16);
				rom_circulo_addr = pixel_y[5:2] - lim_bar_V_Y_Sup[5:2];
				rom_circulo_col = pixel_x[7:2] - lineaV2_X_Der[7:2];
				rom_circulo_bit = rom_circulo_data[rom_circulo_col];
				circulo_mostrar[2]= cuadrante_circ_on & rom_circulo_bit;
			end
			
			2'b10: begin	
				
			end
			
			2'b11: begin	
				cuadrante_on = (lim_bar_V_Y_Sup<=pixel_y) && (pixel_y <= lineaH1_Y_Sup) &&
									(lineaV2_X_Der<=pixel_x) && (pixel_x <= lim_bar_H_X_Der-16);
				rom_equis_addr = pixel_y[5:2] - lim_bar_V_Y_Sup[5:2];
				rom_equis_col = pixel_x[5:2] - lineaV2_X_Der[5:2];
				rom_equis_bit = rom_equis_data[rom_equis_col];
				equis_mostrar[2]= cuadrante_on & rom_equis_bit;
			end
		endcase
		
		//Caso para la CUARTA casilla
			case(c4_in)
			2'b00: begin	
				
			end
			
			2'b01: begin	
				cuadrante_circ_on = (lineaH1_Y_Inf<=pixel_y) && (pixel_y <= lineaH2_Y_Sup) &&
				(lim_bar_H_X_Izq<=pixel_x) && (pixel_x <= lineaV1_X_Izq-14);
				rom_circulo_addr = pixel_y[5:2] - lineaH1_Y_Inf[5:2];
				rom_circulo_col = pixel_x[8:2] - lim_bar_H_X_Izq[8:2];
				rom_circulo_bit = rom_circulo_data[rom_circulo_col];
				circulo_mostrar[3]= cuadrante_circ_on & rom_circulo_bit;
			end
			
			2'b10: begin	
				
			end
			
			2'b11: begin	
				cuadrante_on = (lineaH1_Y_Inf<=pixel_y) && (pixel_y <= lineaH2_Y_Sup) &&
									(lim_bar_H_X_Izq<=pixel_x) && (pixel_x <= lineaV1_X_Izq-14);
				rom_equis_addr = pixel_y[5:2] - lineaH1_Y_Inf[5:2];
				rom_equis_col = pixel_x[5:2] - lim_bar_H_X_Izq[5:2];
				rom_equis_bit = rom_equis_data[rom_equis_col];
				equis_mostrar[3]= cuadrante_on & rom_equis_bit;
			end
		endcase
		
		//Caso para la quinta casilla
			case(c5_in)
			2'b00: begin	

			end
			
			2'b01: begin	
				cuadrante_circ_on = (lineaH1_Y_Inf<=pixel_y) && (pixel_y <= lineaH2_Y_Sup) &&
									(lineaV1_X_Der<=pixel_x) && (pixel_x <= lineaV2_X_Izq-14);
				rom_circulo_addr = pixel_y[5:2] - lineaH1_Y_Inf[5:2];
				rom_circulo_col = pixel_x[8:2] - lineaV1_X_Der[8:2];
				rom_circulo_bit = rom_circulo_data[rom_circulo_col];
				circulo_mostrar[4]= cuadrante_circ_on & rom_circulo_bit;
			end
			
			2'b10: begin	
				
			end
			
			2'b11: begin	
				cuadrante_on = (lineaH1_Y_Inf<=pixel_y) && (pixel_y <= lineaH2_Y_Sup) &&
									(lineaV1_X_Der<=pixel_x) && (pixel_x <= lineaV2_X_Izq-14);
				rom_equis_addr = pixel_y[5:2] - lineaH1_Y_Inf[5:2];
				rom_equis_col = pixel_x[5:2] - lineaV1_X_Der[5:2];
				rom_equis_bit = rom_equis_data[rom_equis_col];
				equis_mostrar[4]= cuadrante_on & rom_equis_bit;
			end
		endcase
		
				//Caso para la sexta casilla
			case(c6_in)
			2'b00: begin	
				
			end
			
			2'b01: begin	
				cuadrante_circ_on = (lineaH1_Y_Inf<=pixel_y) && (pixel_y <= lineaH2_Y_Sup) &&
									(lineaV2_X_Der<=pixel_x) && (pixel_x <= lim_bar_H_X_Der-16);
				rom_circulo_addr = pixel_y[5:2] - lineaH1_Y_Inf[5:2];
				rom_circulo_col = pixel_x[8:2] - lineaV2_X_Der[8:2];
				rom_circulo_bit = rom_circulo_data[rom_circulo_col];
				circulo_mostrar[5]= cuadrante_circ_on & rom_circulo_bit;
			end
			
			2'b10: begin	
				
			end
			
			2'b11: begin	
				cuadrante_on = (lineaH1_Y_Inf<=pixel_y) && (pixel_y <= lineaH2_Y_Sup) &&
									(lineaV2_X_Der<=pixel_x) && (pixel_x <= lim_bar_H_X_Der-16);
				rom_equis_addr = pixel_y[5:2] - lineaH1_Y_Inf[5:2];
				rom_equis_col = pixel_x[5:2] - lineaV2_X_Der[5:2];
				rom_equis_bit = rom_equis_data[rom_equis_col];
				equis_mostrar[5]= cuadrante_on & rom_equis_bit;
			end
		endcase
		
				//Caso para la septima casilla
			case(c7_in)
			2'b00: begin	
				
			end
			
			2'b01: begin	
				cuadrante_circ_on = (lineaH2_Y_Inf<=pixel_y) && (pixel_y <= lim_bar_V_Y_Inf-5) &&
									(lim_bar_H_X_Izq<=pixel_x) && (pixel_x <= lineaV1_X_Izq-14);
				rom_circulo_addr = pixel_y[5:2] - lineaH2_Y_Inf[5:2];
				rom_circulo_col = pixel_x[8:2] - lim_bar_H_X_Izq[8:2];
				rom_circulo_bit = rom_circulo_data[rom_circulo_col];
				circulo_mostrar[6]= cuadrante_circ_on & rom_circulo_bit;
			end
			
			2'b10: begin	
				
			end
			
			2'b11: begin	
				cuadrante_on = (lineaH2_Y_Inf<=pixel_y) && (pixel_y <= lim_bar_V_Y_Inf) &&
									(lim_bar_H_X_Izq<=pixel_x) && (pixel_x <= lineaV1_X_Izq-14);
				rom_equis_addr = pixel_y[5:2] - lineaH2_Y_Inf[5:2];
				rom_equis_col = pixel_x[5:2] - lim_bar_H_X_Izq[5:2];
				rom_equis_bit = rom_equis_data[rom_equis_col];
				equis_mostrar[6]= cuadrante_on & rom_equis_bit;
			end
		endcase
		
				//Caso para la octava casilla
			case(c8_in)
			2'b00: begin	
				
			end
			
			2'b01: begin	
				cuadrante_circ_on = (lineaH2_Y_Inf<=pixel_y) && (pixel_y <= lim_bar_V_Y_Inf-5) &&
									(lineaV1_X_Der<=pixel_x) && (pixel_x <= lineaV2_X_Izq-14);
				rom_circulo_addr = pixel_y[5:2] - lineaH2_Y_Inf[5:2];
				rom_circulo_col = pixel_x[8:2] - lineaV1_X_Der[8:2];
				rom_circulo_bit = rom_circulo_data[rom_circulo_col];
				circulo_mostrar[7]= cuadrante_circ_on & rom_circulo_bit;
			end
			
			2'b10: begin	
				
			end
			
			2'b11: begin	
				cuadrante_on = (lineaH2_Y_Inf<=pixel_y) && (pixel_y <= lim_bar_V_Y_Inf) &&
									(lineaV1_X_Der<=pixel_x) && (pixel_x <= lineaV2_X_Izq-14);
				rom_equis_addr = pixel_y[5:2] - lineaH2_Y_Inf[5:2];
				rom_equis_col = pixel_x[5:2] - lineaV1_X_Der[5:2];
				rom_equis_bit = rom_equis_data[rom_equis_col];
				equis_mostrar[7]= cuadrante_on & rom_equis_bit;
			end
		endcase
		
				//Caso para la novena casilla
			case(c9_in)
			2'b00: begin	
				
			end
			
			2'b01: begin	
				cuadrante_circ_on = (lineaH2_Y_Inf<=pixel_y) && (pixel_y <= lim_bar_V_Y_Inf-5) &&
									(lineaV2_X_Der<=pixel_x) && (pixel_x <= lim_bar_H_X_Der-16);
				rom_circulo_addr = pixel_y[5:2] - lineaH2_Y_Inf[5:2];
				rom_circulo_col = pixel_x[7:2] - lineaV2_X_Der[7:2];
				rom_circulo_bit = rom_circulo_data[rom_circulo_col];
				circulo_mostrar[8]= cuadrante_circ_on & rom_circulo_bit;
			end
			
			2'b10: begin	
				
			end
			
			2'b11: begin	
				cuadrante_on = (lineaH2_Y_Inf<=pixel_y) && (pixel_y <= lim_bar_V_Y_Inf) &&
									(lineaV2_X_Der<=pixel_x) && (pixel_x <= lim_bar_H_X_Der-16);
				rom_equis_addr = pixel_y[5:2] - lineaH2_Y_Inf[5:2];
				rom_equis_col = pixel_x[5:2] - lineaV2_X_Der[5:2];
				rom_equis_bit = rom_equis_data[rom_equis_col];
				equis_mostrar[8]= cuadrante_on & rom_equis_bit;
			end
		endcase
	
	end
	
	
	
	
	
	//------------------------------------
	// Circuito multiplexor
	//------------------------------------
	always @ (*) begin
		if(~video_mostrar)
			salida_rgb = 3'b000; //No aparece nada en pantalla
		else if (lineaV1_mostrar||lineaV2_mostrar||lineaH1_mostrar||lineaH2_mostrar)
			salida_rgb = lineaGato_rgb;
		else if (p1_mostrar || uno_mostrar)
			salida_rgb=3'b001;
		else if (p2_mostrar || dos_mostrar)
			salida_rgb=3'b100;
		else if (equis_mostrar[0] || equis_mostrar[1] || equis_mostrar[2] || 
					equis_mostrar[3] || equis_mostrar[4] || equis_mostrar[5] || 
					equis_mostrar[6] || equis_mostrar[7] || equis_mostrar[8])
			salida_rgb= 3'b100;
		else if (circulo_mostrar[0] || circulo_mostrar[1] || circulo_mostrar[2] || 
					circulo_mostrar[3] || circulo_mostrar[4] || circulo_mostrar[5] || 
					circulo_mostrar[6] || circulo_mostrar[7] || circulo_mostrar[8])
			salida_rgb= 3'b001;
		else if (cuadro_mostrar[0] || cuadro_mostrar[1] || cuadro_mostrar[2] || 
					cuadro_mostrar[3] || cuadro_mostrar[4] || cuadro_mostrar[5] || 
					cuadro_mostrar[6] || cuadro_mostrar[7] || cuadro_mostrar[8])
			salida_rgb= 3'b110;
		else
			salida_rgb = 3'b000; //fondo negro
	end

endmodule